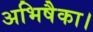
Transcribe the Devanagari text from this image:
अभिषैका।